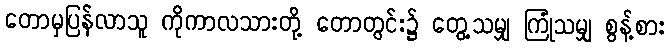
တောမှပြန်လာသူ ကိုကာလသားတို့ တောတွင်း၌ တွေ့သမျှ ကြုံသမျှ စွန့်စား